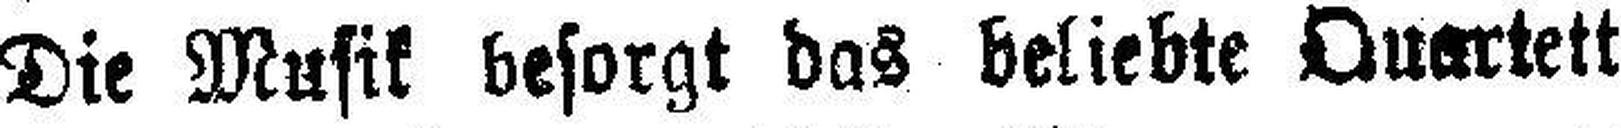
Die Musik besorgt das beliebte Quartett